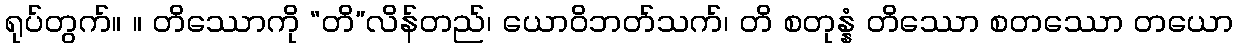
ရုပ်တွက်။ ။ တိဿောကို “တိ”လိန်တည်၊ ယောဝိဘတ်သက်၊ တိ စတုန္နံ တိဿော စတဿော တယော